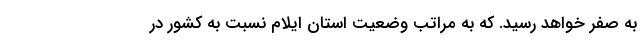
به صفر خواهد رسید. که به مراتب وضعیت استان ایلام نسبت به کشور در